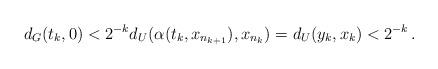
LaTeX: \begin{align*} d_G(t_k,0) <2^{-k} d_U(\alpha(t_k,x_{n_{k+1}}), x_{n_k} ) = d_U(y_k,x_k) <2^{-k} \,.\end{align*}